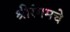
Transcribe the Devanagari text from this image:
श्रीरंगमचे